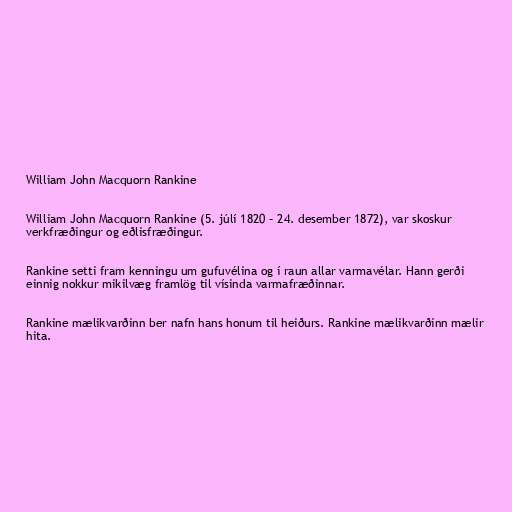
William John Macquorn Rankine

William John Macquorn Rankine (5. júlí 1820 – 24. desember 1872), var skoskur
verkfræðingur og eðlisfræðingur.

Rankine setti fram kenningu um gufuvélina og í raun allar varmavélar. Hann gerði
einnig nokkur mikilvæg framlög til vísinda varmafræðinnar.

Rankine mælikvarðinn ber nafn hans honum til heiðurs. Rankine mælikvarðinn mælir
hita.